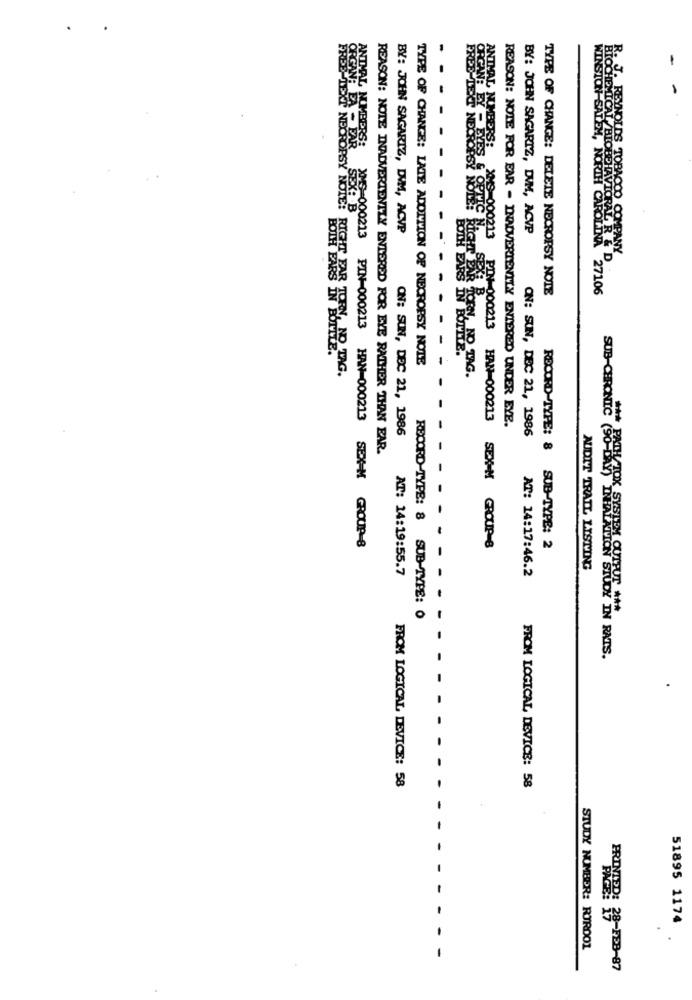
ANIMAL NUMBER
BY: JOHN SAGARIZ, DIM, ACVP
BY: JOHN SAGARTZ, DVM, ACVP
XMS-000213
REYNOLDS TOBACCO COMPANY
BIOCHEMICAL /BIOBEHAVIORAL R & D
INSION SALEM, NORTH CAROLINA 27106
TYPE OF CHANGE: DELETE NECROPSY NOTE
-
LEXI NECROPSY NOTE: RIGHT RIS INE
TYPE OF CHANGE: LATE ADDITION OF NECROPSY NOTE
ON: SUN, DEC 21, 1986
REASON: NOTE FOR EAR - INADVERTENTLY ENTERED UNDER EYE.
ON: SUN, DEC 21, 1986
REASON: NOTE INADVERTENTLY ENTERED FOR EYE RATHER THAN EAR.
- -
ANTAL MIMBERS: X00-000213 PIN-000213 HAN-000213 SEX-M GROUP-8
HAN-000213 SEX-M GROUP-8
RECORD-TYPE: 8 SUB-TYPE: 2
AT: 14:19:55.7
AT: 14:17:46.2
AUDIT TRAIL LISTVING
- - -
RECORD-TYPE: 8 SUB-TYPE: 0
SUB-CHRONIC (90-DAY) INIAAVION STUDY IN RATS.
FROM LOGICAL DEVICE: 58
FROM LOGICAL DEVICE: 58
51895 1174
.
STUDY NUMBER: RORDO1
PRONIDO: 39-FEB-87